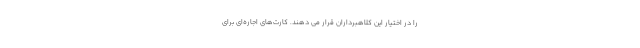
را در اختیار این کلاهبرداران قرار می دهند. کارت‌های اجاره‌ای برای